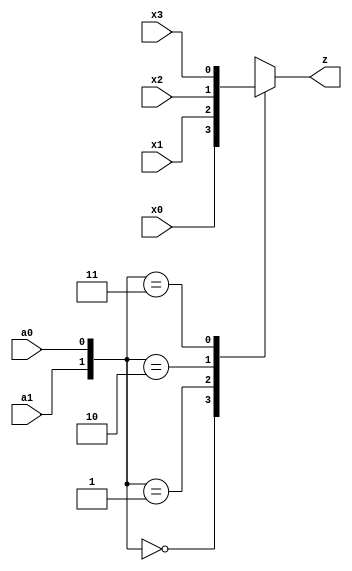
module second(x0, x1, x2, x3, a0, a1, z);
input x0, x1, x2, x3, a0, a1;
reg temp;
output z;

always @(a0, a1)
begin
	case({a1, a0})
		2'b00: temp <= x0;
		2'b01: temp <= x1;
		2'b10: temp <= x2;
		2'b11: temp <= x3;
	endcase
end

assign z = temp;

endmodule